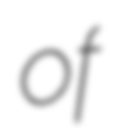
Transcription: of